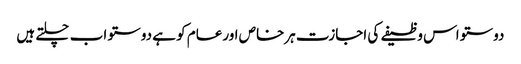
دوستو اس وظیفے کی اجازت ہرخاص اورعام کو ہے دوستو اب چلتے ہیں